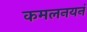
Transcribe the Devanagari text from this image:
कमलनयनं